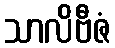
သာလိဗီဇံ